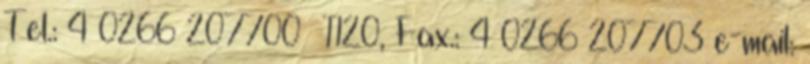
Tel.: 4 0266 207700 1120, Fax.: 4 0266 207703 e-mail: